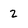
Character: 2